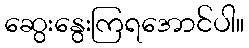
ဆွေးနွေးကြရအောင်ပါ။